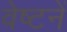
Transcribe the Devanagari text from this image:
वेष्टनें